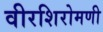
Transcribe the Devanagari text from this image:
वीरशिरोमणी